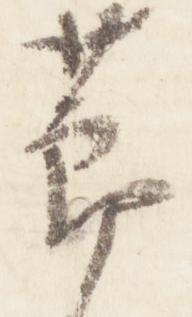
節